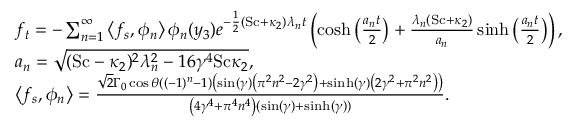
\begin{array} { r l } & { f _ { t } = - \sum _ { n = 1 } ^ { \infty } \left\langle f _ { s } , \phi _ { n } \right\rangle \phi _ { n } ( y _ { 3 } ) e ^ { - \frac { 1 } { 2 } ( \mathrm { S c } + \kappa _ { 2 } ) \lambda _ { n } t } \left( \cosh \left( \frac { a _ { n } t } { 2 } \right) + \frac { \lambda _ { n } \left( \mathrm { S c } + \kappa _ { 2 } \right) } { a _ { n } } \sinh \left( \frac { a _ { n } t } { 2 } \right) \right) , } \\ & { a _ { n } = \sqrt { ( \mathrm { S c } - \kappa _ { 2 } ) ^ { 2 } \lambda _ { n } ^ { 2 } - 1 6 \gamma ^ { 4 } \mathrm { S c } \kappa _ { 2 } } , } \\ & { \left\langle f _ { s } , \phi _ { n } \right\rangle = \frac { \sqrt { 2 } \Gamma _ { 0 } \cos \theta \left( ( - 1 ) ^ { n } - 1 \right) \left( \sin ( \gamma ) \left( \pi ^ { 2 } n ^ { 2 } - 2 \gamma ^ { 2 } \right) + \sinh ( \gamma ) \left( 2 \gamma ^ { 2 } + \pi ^ { 2 } n ^ { 2 } \right) \right) } { \left( 4 \gamma ^ { 4 } + \pi ^ { 4 } n ^ { 4 } \right) ( \sin ( \gamma ) + \sinh ( \gamma ) ) } . } \end{array}